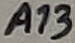
Text: A13